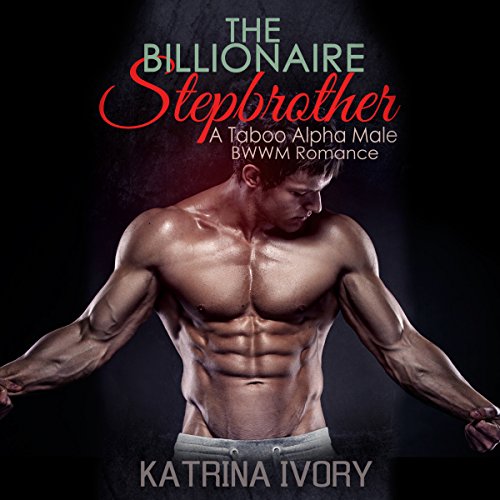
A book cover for The Billionaire Stepbrother: A Taboo Alpha Male BWWM Romance; Katrina Ivory; Literature & Fiction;